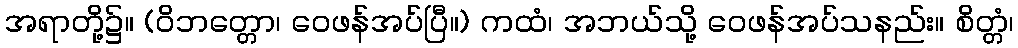
အရာတို့၌။ (ဝိဘတ္တော၊ ဝေဖန်အပ်ပြီ။) ကထံ၊ အဘယ်သို့ ဝေဖန်အပ်သနည်း။ စိတ္တံ၊